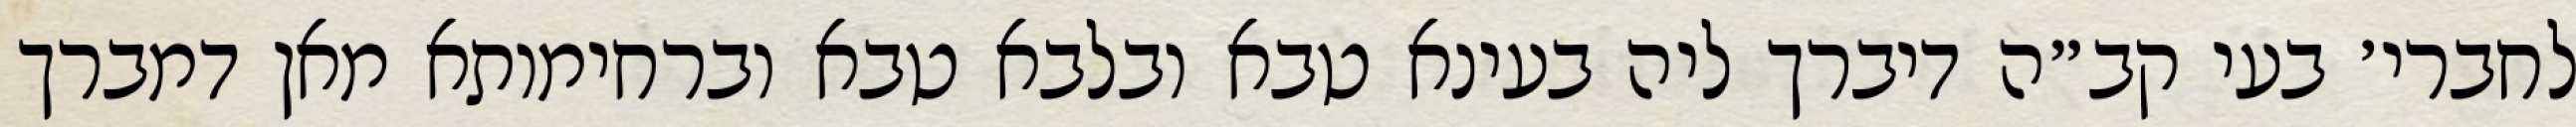
לחברי׳ בעי קב״ה דיברך ליה בעינא טבא ובלבא טבא וברחימותא מאן דמברך